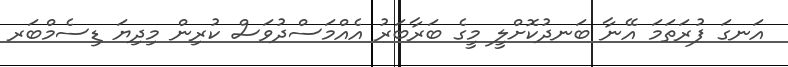
އަނގަ ފުރަތަމަ އޭނާ ބަނދުކޮށްލީ މީގެ ބަރާބަރު އެއްމަސްދުވަސް ކުރިން މިދިޔަ ޑިސެމްބަރ